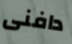
دافنى